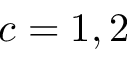
c = 1 , 2